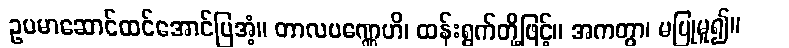
ဥပမာဆောင်ထင်အောင်ပြအံ့။ တာလပဏ္ဏေဟိ၊ ထန်းရွက်တို့ဖြင့်။ အကတွာ၊ မပြုမူ၍။